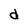
Character: d